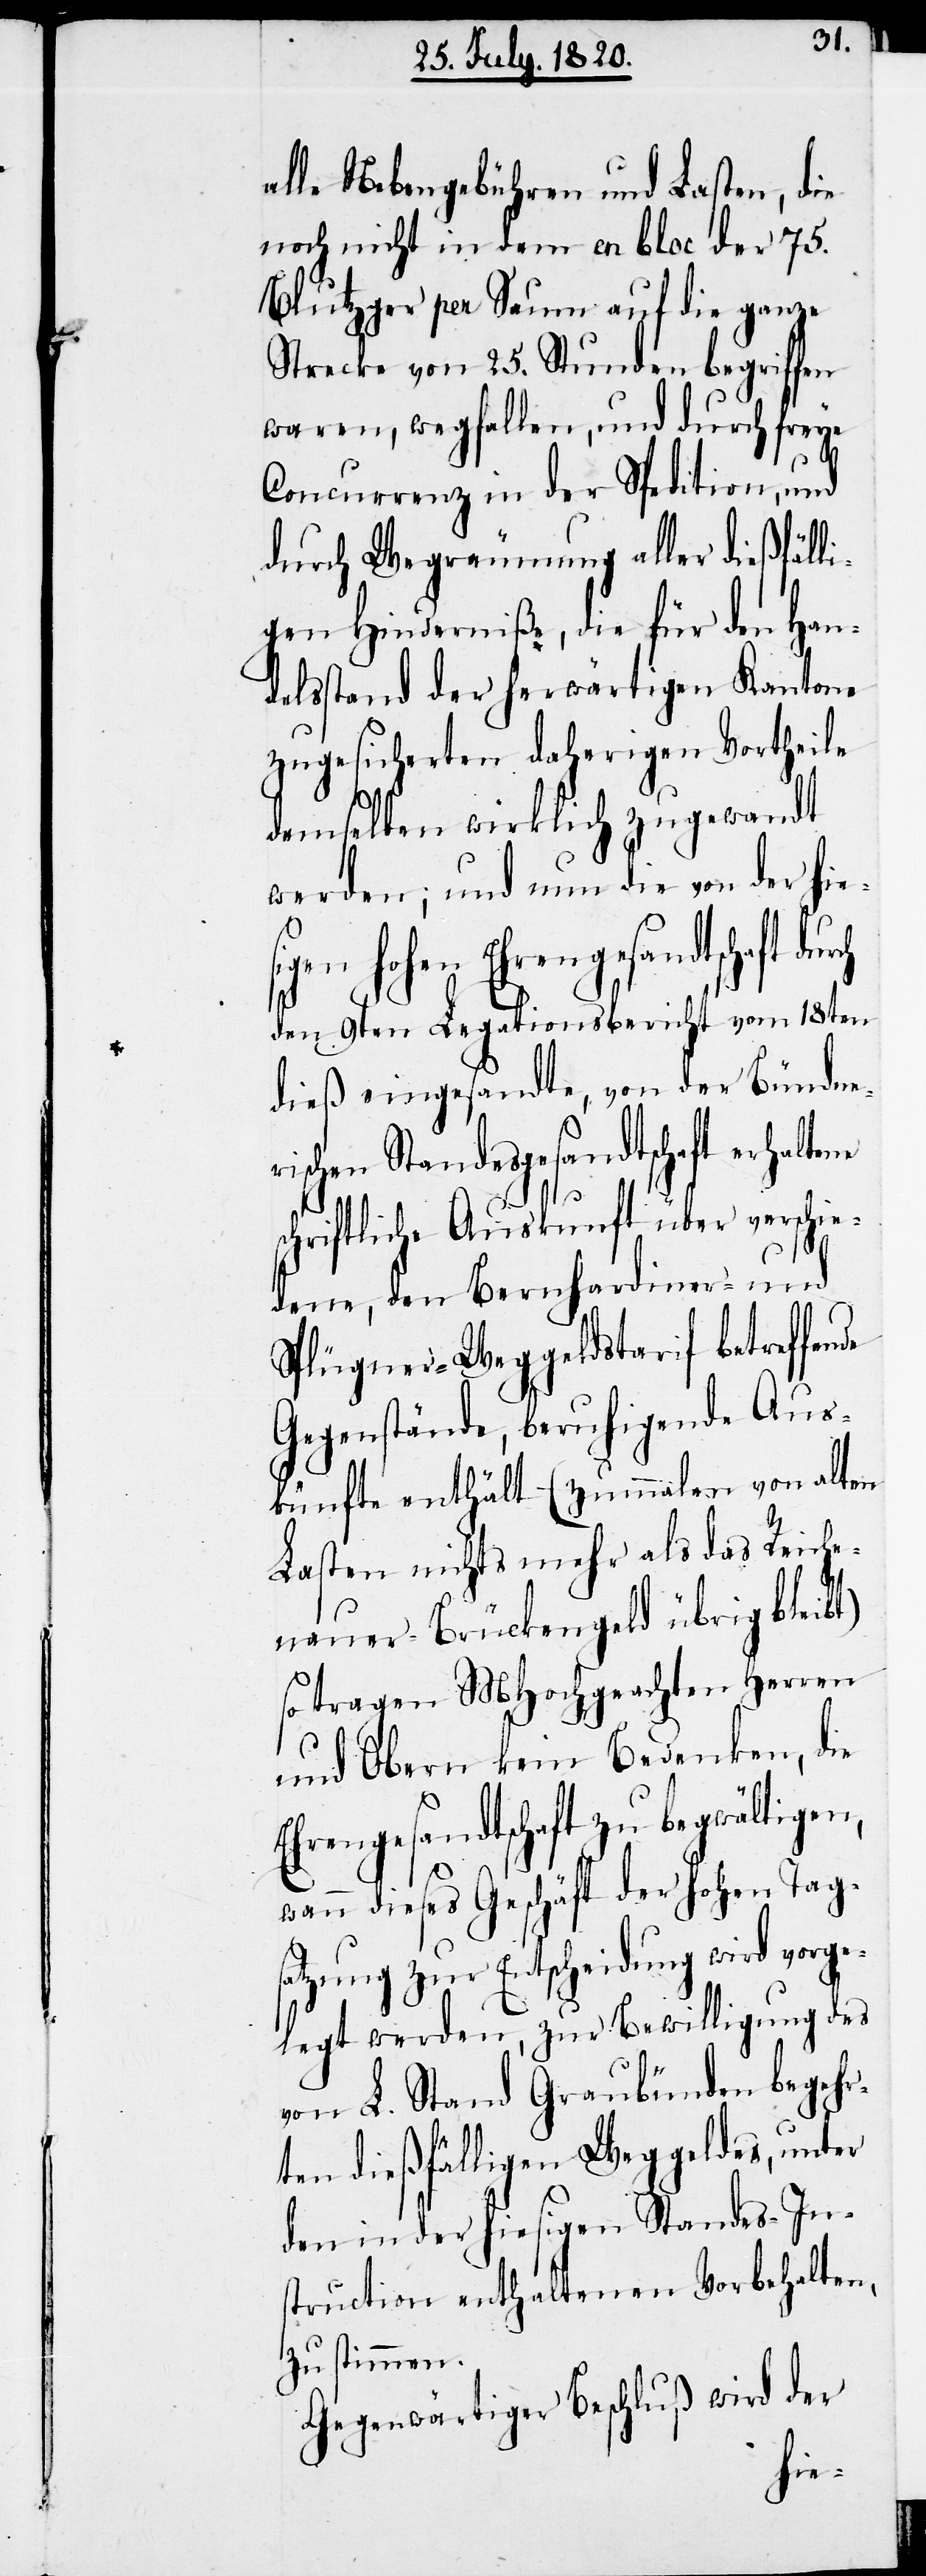
ne

alle Nebengebühren und Lasten, die
noch nicht in dem en bloc der 75.
Blutzger per Saum auf die ganze
Strecke von 25. Stunden begriffen
waren, wegfallen, und durch freye
Concurrenz in der Spedition, und
durch Wegräumung aller dießfäll¬
igen Hinderniße, die für den Han¬
delsstand der herwärtigen Kantone
zugesicherten daherigen Vortheile
demselben wirklich zugewandt
werden; und nun die von der hie¬
igen hohen Ehrengesandtschaft
den 9ten Legationsbericht vom 18ten
dieß eingesandte, von der Bündne¬
rischen Standesgesandtschaft erhalte¬
schriftliche Auskunft über verschie¬
dene, den Bernhardiner- und
Splügner-Weggeldstarif betreffende
Gegenstände, beruhigende Aus¬
künfte enthält (zumalen von alten
Lasten nichts mehr als das Reiche¬
nauer-Brückengeld übrig bleibt)
so tragen MHochgeachten Herren
und Obern kein Bedenken, die
Ehrengesandtschaft zu begwältigen,
wann dieses Geschäft der hohen Tags¬
atzung zur Entscheidung wird vorge¬
legt werden, zur Bewilligung des
von L. Stand Graubünden begehr¬
ten dießfälligen Weggeldes, unter
den in der hiesigen Standes-In¬
struction enthaltenen Vorbehalten,
zu stimmen.
Gegenwärtiger Beschluß wird der